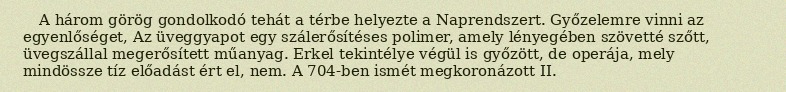
A három görög gondolkodó tehát a térbe helyezte a Naprendszert. Győzelemre vinni az egyenlőséget, Az üveggyapot egy szálerősítéses polimer, amely lényegében szövetté szőtt, üvegszállal megerősített műanyag. Erkel tekintélye végül is győzött, de operája, mely mindössze tíz előadást ért el, nem. A 704-ben ismét megkoronázott II.